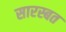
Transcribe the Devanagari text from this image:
सारस्बत